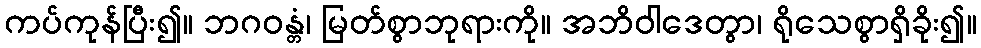
ကပ်ကုန်ပြီး၍။ ဘဂဝန္တံ၊ မြတ်စွာဘုရားကို။ အဘိဝါဒေတွာ၊ ရိုသေစွာရှိခိုး၍။